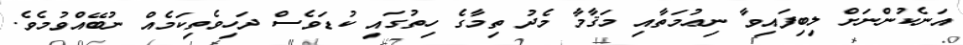
އަނެކުންނަށް ލިބިފައިވާ ނިޢުމަތާއި މަޤާމާ މެދު ތިމާގެ ހިތުގައި ކުޑަވެސް ދަހިވެތިކަމެއް ނުބޭއްވުމެވެ.